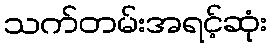
သက်တမ်းအရင့်ဆုံး